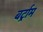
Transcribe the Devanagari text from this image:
बर्ट्राम